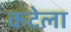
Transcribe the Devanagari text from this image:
कटेला